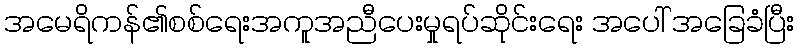
အမေရိကန်၏စစ်ရေးအကူအညီပေးမှုရပ်ဆိုင်းရေး အပေါ် အခြေခံပြီး